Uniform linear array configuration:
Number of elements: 32
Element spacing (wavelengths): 0.5
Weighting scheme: hamming
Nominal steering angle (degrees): -60
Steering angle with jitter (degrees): -61.754
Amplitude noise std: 0.05
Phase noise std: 0.05

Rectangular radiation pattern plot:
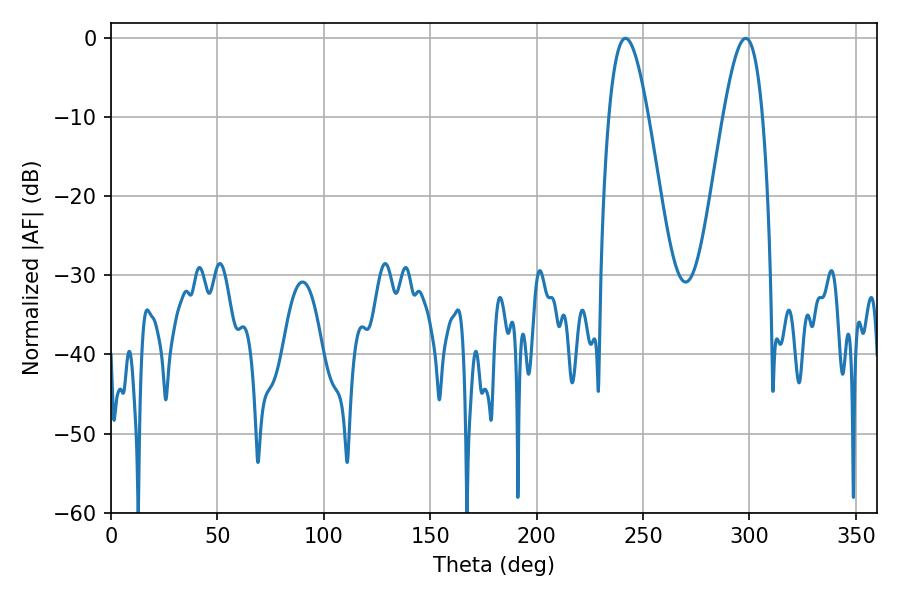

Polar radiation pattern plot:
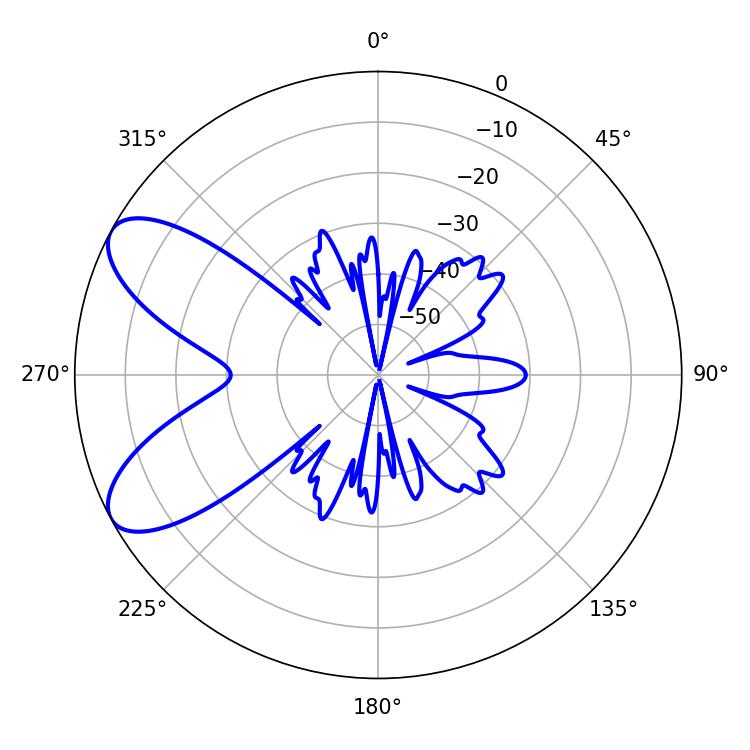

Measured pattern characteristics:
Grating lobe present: FALSE
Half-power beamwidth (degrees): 9.9
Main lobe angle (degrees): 241.74